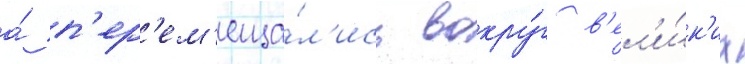
а́ п'ер'ем'еща́л'ись вокру́г в'ел'и́к'их